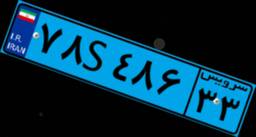
۵۱S۲۴۵۹۹